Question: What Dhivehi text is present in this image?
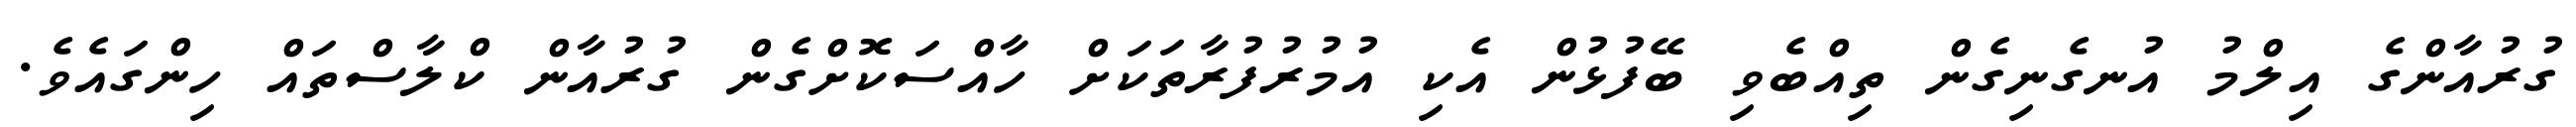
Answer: ގުރުއާންގެ އިލްމު އުނގެނިގެން ތިއްބެވި ބޭފުޅުން އެކި އުމުރުފުރާތަކަށް ހާއްސަކޮށްގެން ގުރުއާން ކްލާސްތައް ހިންގައެވެ.